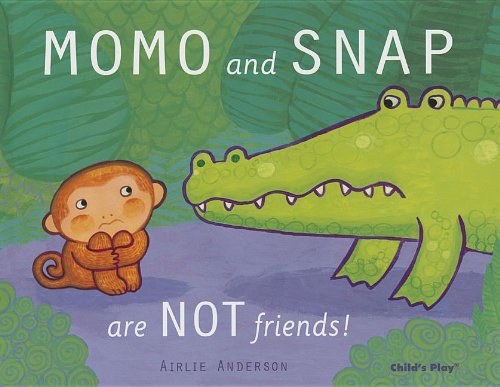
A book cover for Momo and Snap Are Not Friends; Airlie Anderson; Children's Books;